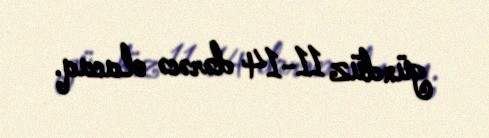
gündüz 11-14 dərəcə olacaq.